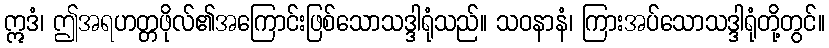
ဣဒံ၊ ဤအရဟတ္တဖိုလ်၏အကြောင်းဖြစ်သောသဒ္ဒါရုံသည်။ သဝနာနံ၊ ကြားအပ်သောသဒ္ဒါရုံတို့တွင်။